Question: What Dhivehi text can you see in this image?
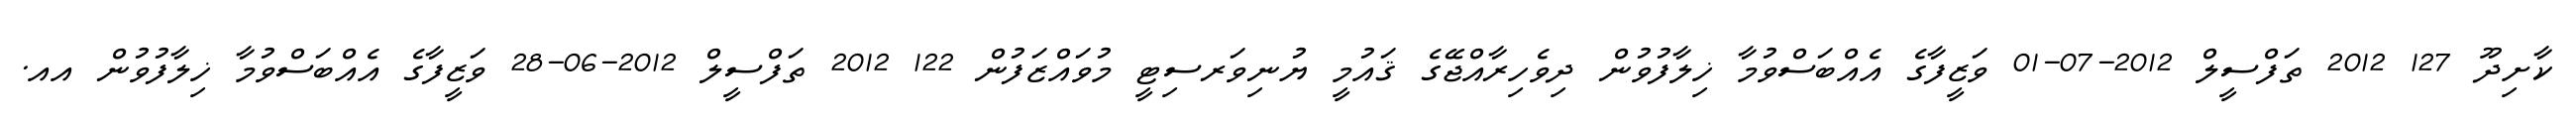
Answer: ކާށިދޫ 127 2012 ތަފްސީލް 2012-07-01 ވަޒީފާގެ އެއްބަސްވުމާ ޚިލާފުވުން ދިވެހިރާއްޖޭގެ ޤައުމީ ޔުނިވަރސިޓީ މުވައްޒަފުން 122 2012 ތަފްސީލް 2012-06-28 ވަޒީފާގެ އެއްބަސްވުމާ ޚިލާފުވުން އއ.